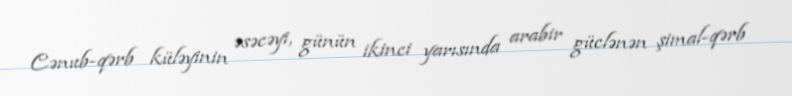
Cənub-qərb küləyinin əsəcəyi, günün ikinci yarısında arabir güclənən şimal-qərb